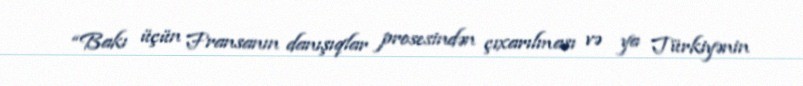
“Bakı üçün Fransanın danışıqlar prosesindən çıxarılması və ya Türkiyənin